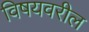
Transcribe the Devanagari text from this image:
विषयवरील